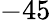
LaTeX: -45